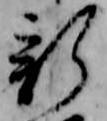
新